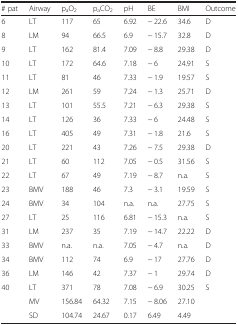
<table><thead><tr><td><b># pat</b></td><td><b>Airway</b></td><td><b>p<sub>a</sub>O<sub>2</sub></b></td><td><b>p<sub>a</sub>CO<sub>2</sub></b></td><td><b>pH</b></td><td><b>BE</b></td><td><b>BMI</b></td><td><b>Outcome</b></td></tr></thead><tbody><tr><td>6</td><td>LT</td><td>117</td><td>65</td><td>6.92</td><td>− 22.6</td><td>34.6</td><td>D</td></tr><tr><td>8</td><td>LM</td><td>94</td><td>66.5</td><td>6.9</td><td>− 15.7</td><td>32.8</td><td>D</td></tr><tr><td>9</td><td>LT</td><td>162</td><td>81.4</td><td>7.09</td><td>− 8.8</td><td>29.38</td><td>D</td></tr><tr><td>10</td><td>LT</td><td>172</td><td>64.6</td><td>7.18</td><td>− 6</td><td>24.91</td><td>S</td></tr><tr><td>11</td><td>LT</td><td>81</td><td>46</td><td>7.33</td><td>− 1.9</td><td>19.57</td><td>S</td></tr><tr><td>12</td><td>LM</td><td>261</td><td>59</td><td>7.24</td><td>− 1.3</td><td>25.71</td><td>D</td></tr><tr><td>13</td><td>LT</td><td>101</td><td>55.5</td><td>7.21</td><td>− 6.3</td><td>29.38</td><td>S</td></tr><tr><td>14</td><td>LT</td><td>126</td><td>36</td><td>7.33</td><td>− 6</td><td>24.48</td><td>S</td></tr><tr><td>16</td><td>LT</td><td>405</td><td>49</td><td>7.31</td><td>− 1.8</td><td>21.6</td><td>S</td></tr><tr><td>20</td><td>LT</td><td>221</td><td>43</td><td>7.26</td><td>− 7.5</td><td>29.38</td><td>D</td></tr><tr><td>21</td><td>LT</td><td>60</td><td>112</td><td>7.05</td><td>− 0.5</td><td>31.56</td><td>S</td></tr><tr><td>22</td><td>LT</td><td>67</td><td>49</td><td>7.19</td><td>− 8.7</td><td>n.a.</td><td>S</td></tr><tr><td>23</td><td>BMV</td><td>188</td><td>46</td><td>7.3</td><td>− 3.1</td><td>19.59</td><td>S</td></tr><tr><td>24</td><td>BMV</td><td>34</td><td>104</td><td>n.a.</td><td>n.a.</td><td>27.75</td><td>S</td></tr><tr><td>27</td><td>LT</td><td>25</td><td>116</td><td>6.81</td><td>− 15.3</td><td>n.a.</td><td>S</td></tr><tr><td>31</td><td>LM</td><td>237</td><td>35</td><td>7.19</td><td>− 14.7</td><td>22.22</td><td>D</td></tr><tr><td>33</td><td>BMV</td><td>n.a.</td><td>n.a.</td><td>7.05</td><td>− 4.7</td><td>n.a.</td><td>D</td></tr><tr><td>34</td><td>BMV</td><td>112</td><td>74</td><td>6.9</td><td>− 17</td><td>27.76</td><td>D</td></tr><tr><td>36</td><td>LM</td><td>146</td><td>42</td><td>7.37</td><td>− 1</td><td>29.74</td><td>D</td></tr><tr><td>40</td><td>LT</td><td>371</td><td>78</td><td>7.08</td><td>− 6.9</td><td>30.25</td><td>S</td></tr><tr><td></td><td>MV</td><td>156.84</td><td>64.32</td><td>7.15</td><td>− 8.06</td><td>27.10</td><td></td></tr><tr><td></td><td>SD</td><td>104.74</td><td>24.67</td><td>0.17</td><td>6.49</td><td>4.49</td><td></td></tr></tbody></table>